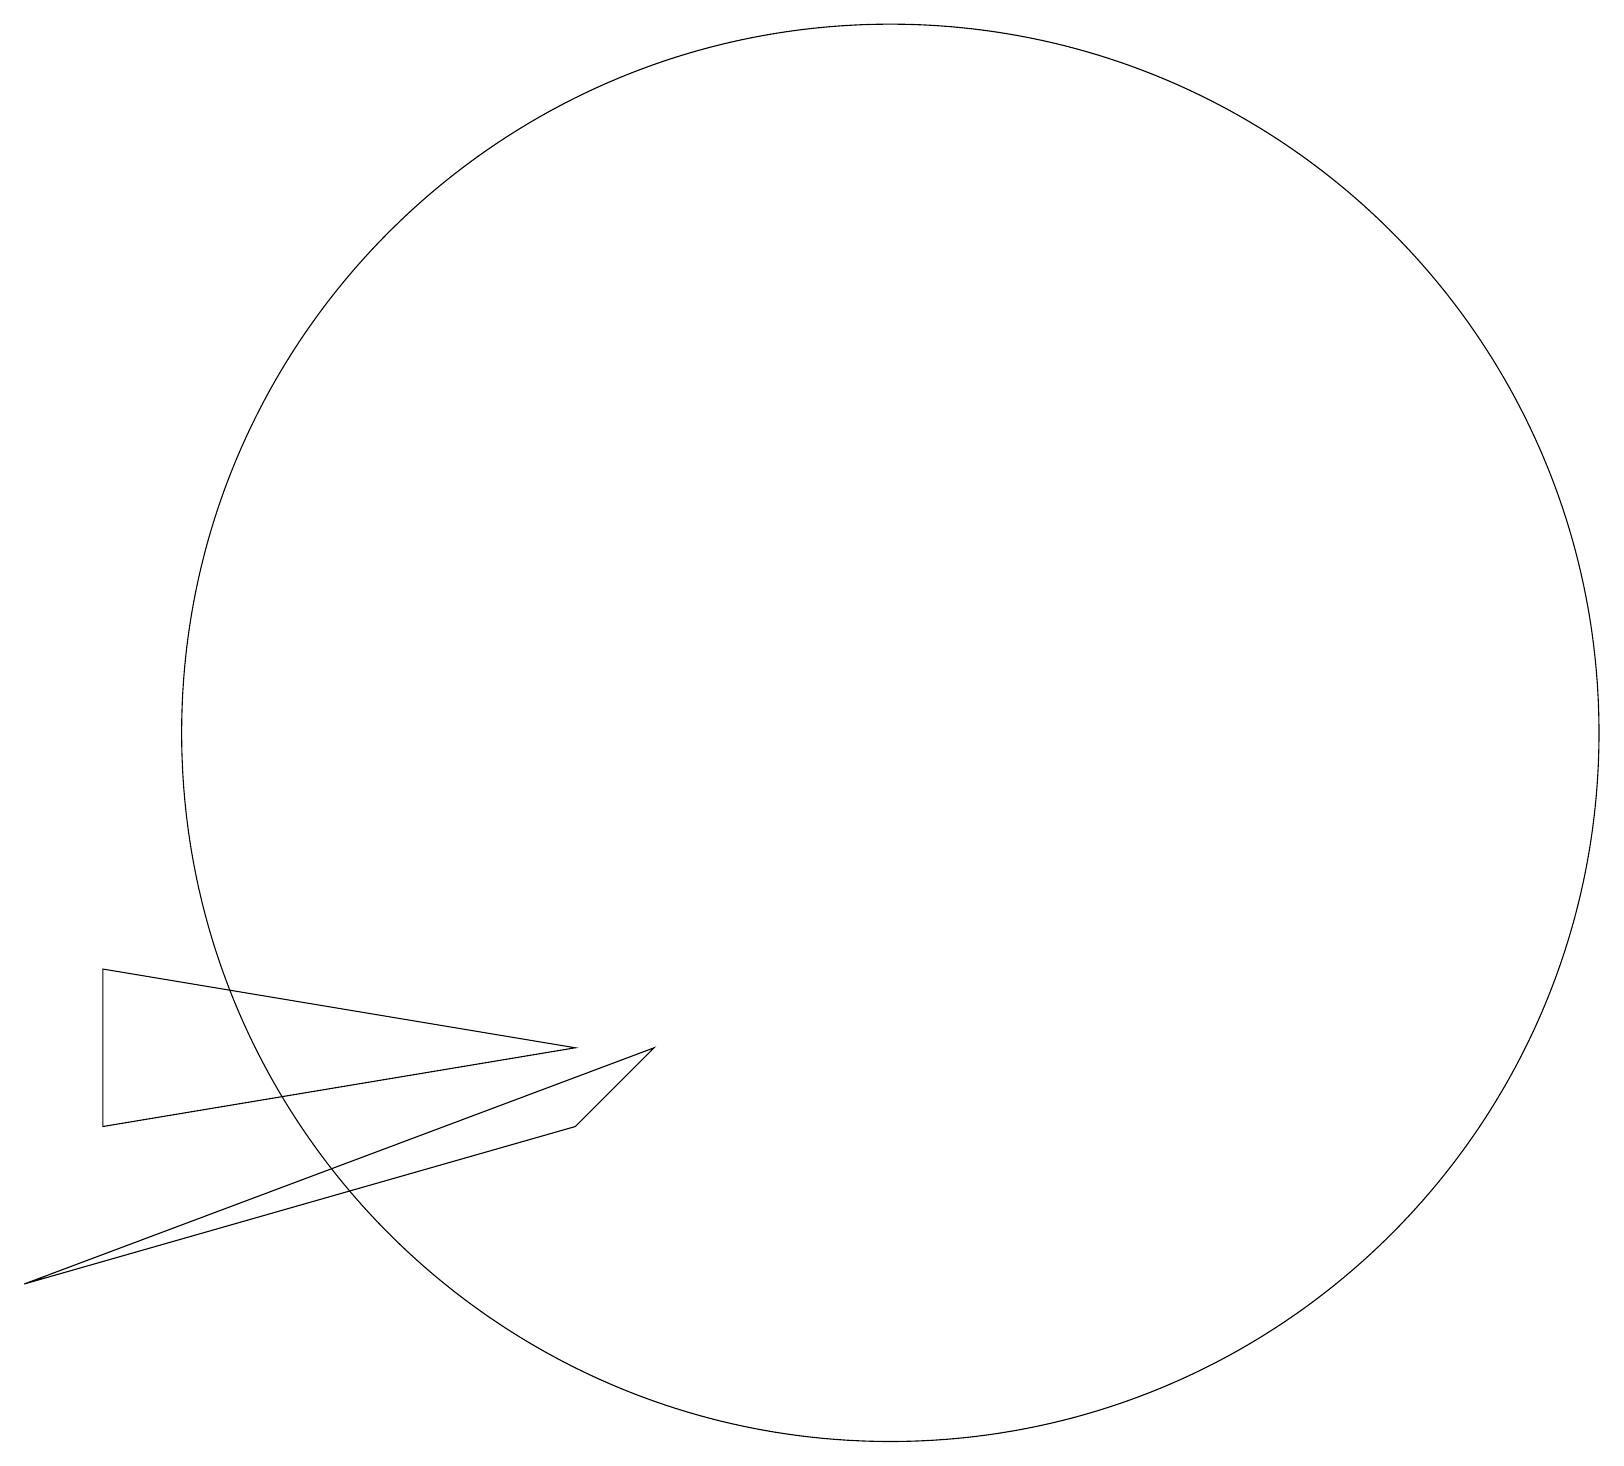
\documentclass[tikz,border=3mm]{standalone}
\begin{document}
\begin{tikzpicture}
\draw (2,8) -- (8,7) -- (2,6) -- cycle;
\draw (8,6) -- (1,4) -- (9,7) -- cycle;
\draw (12,11) circle (9);
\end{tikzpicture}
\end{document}